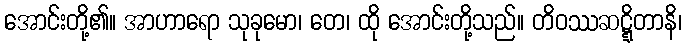
အောင်းတို့၏။ အာဟာရော သုခုမော၊ တေ၊ ထို အောင်းတို့သည်။ တိဝဿဆဋ္ဋိတာနိ၊